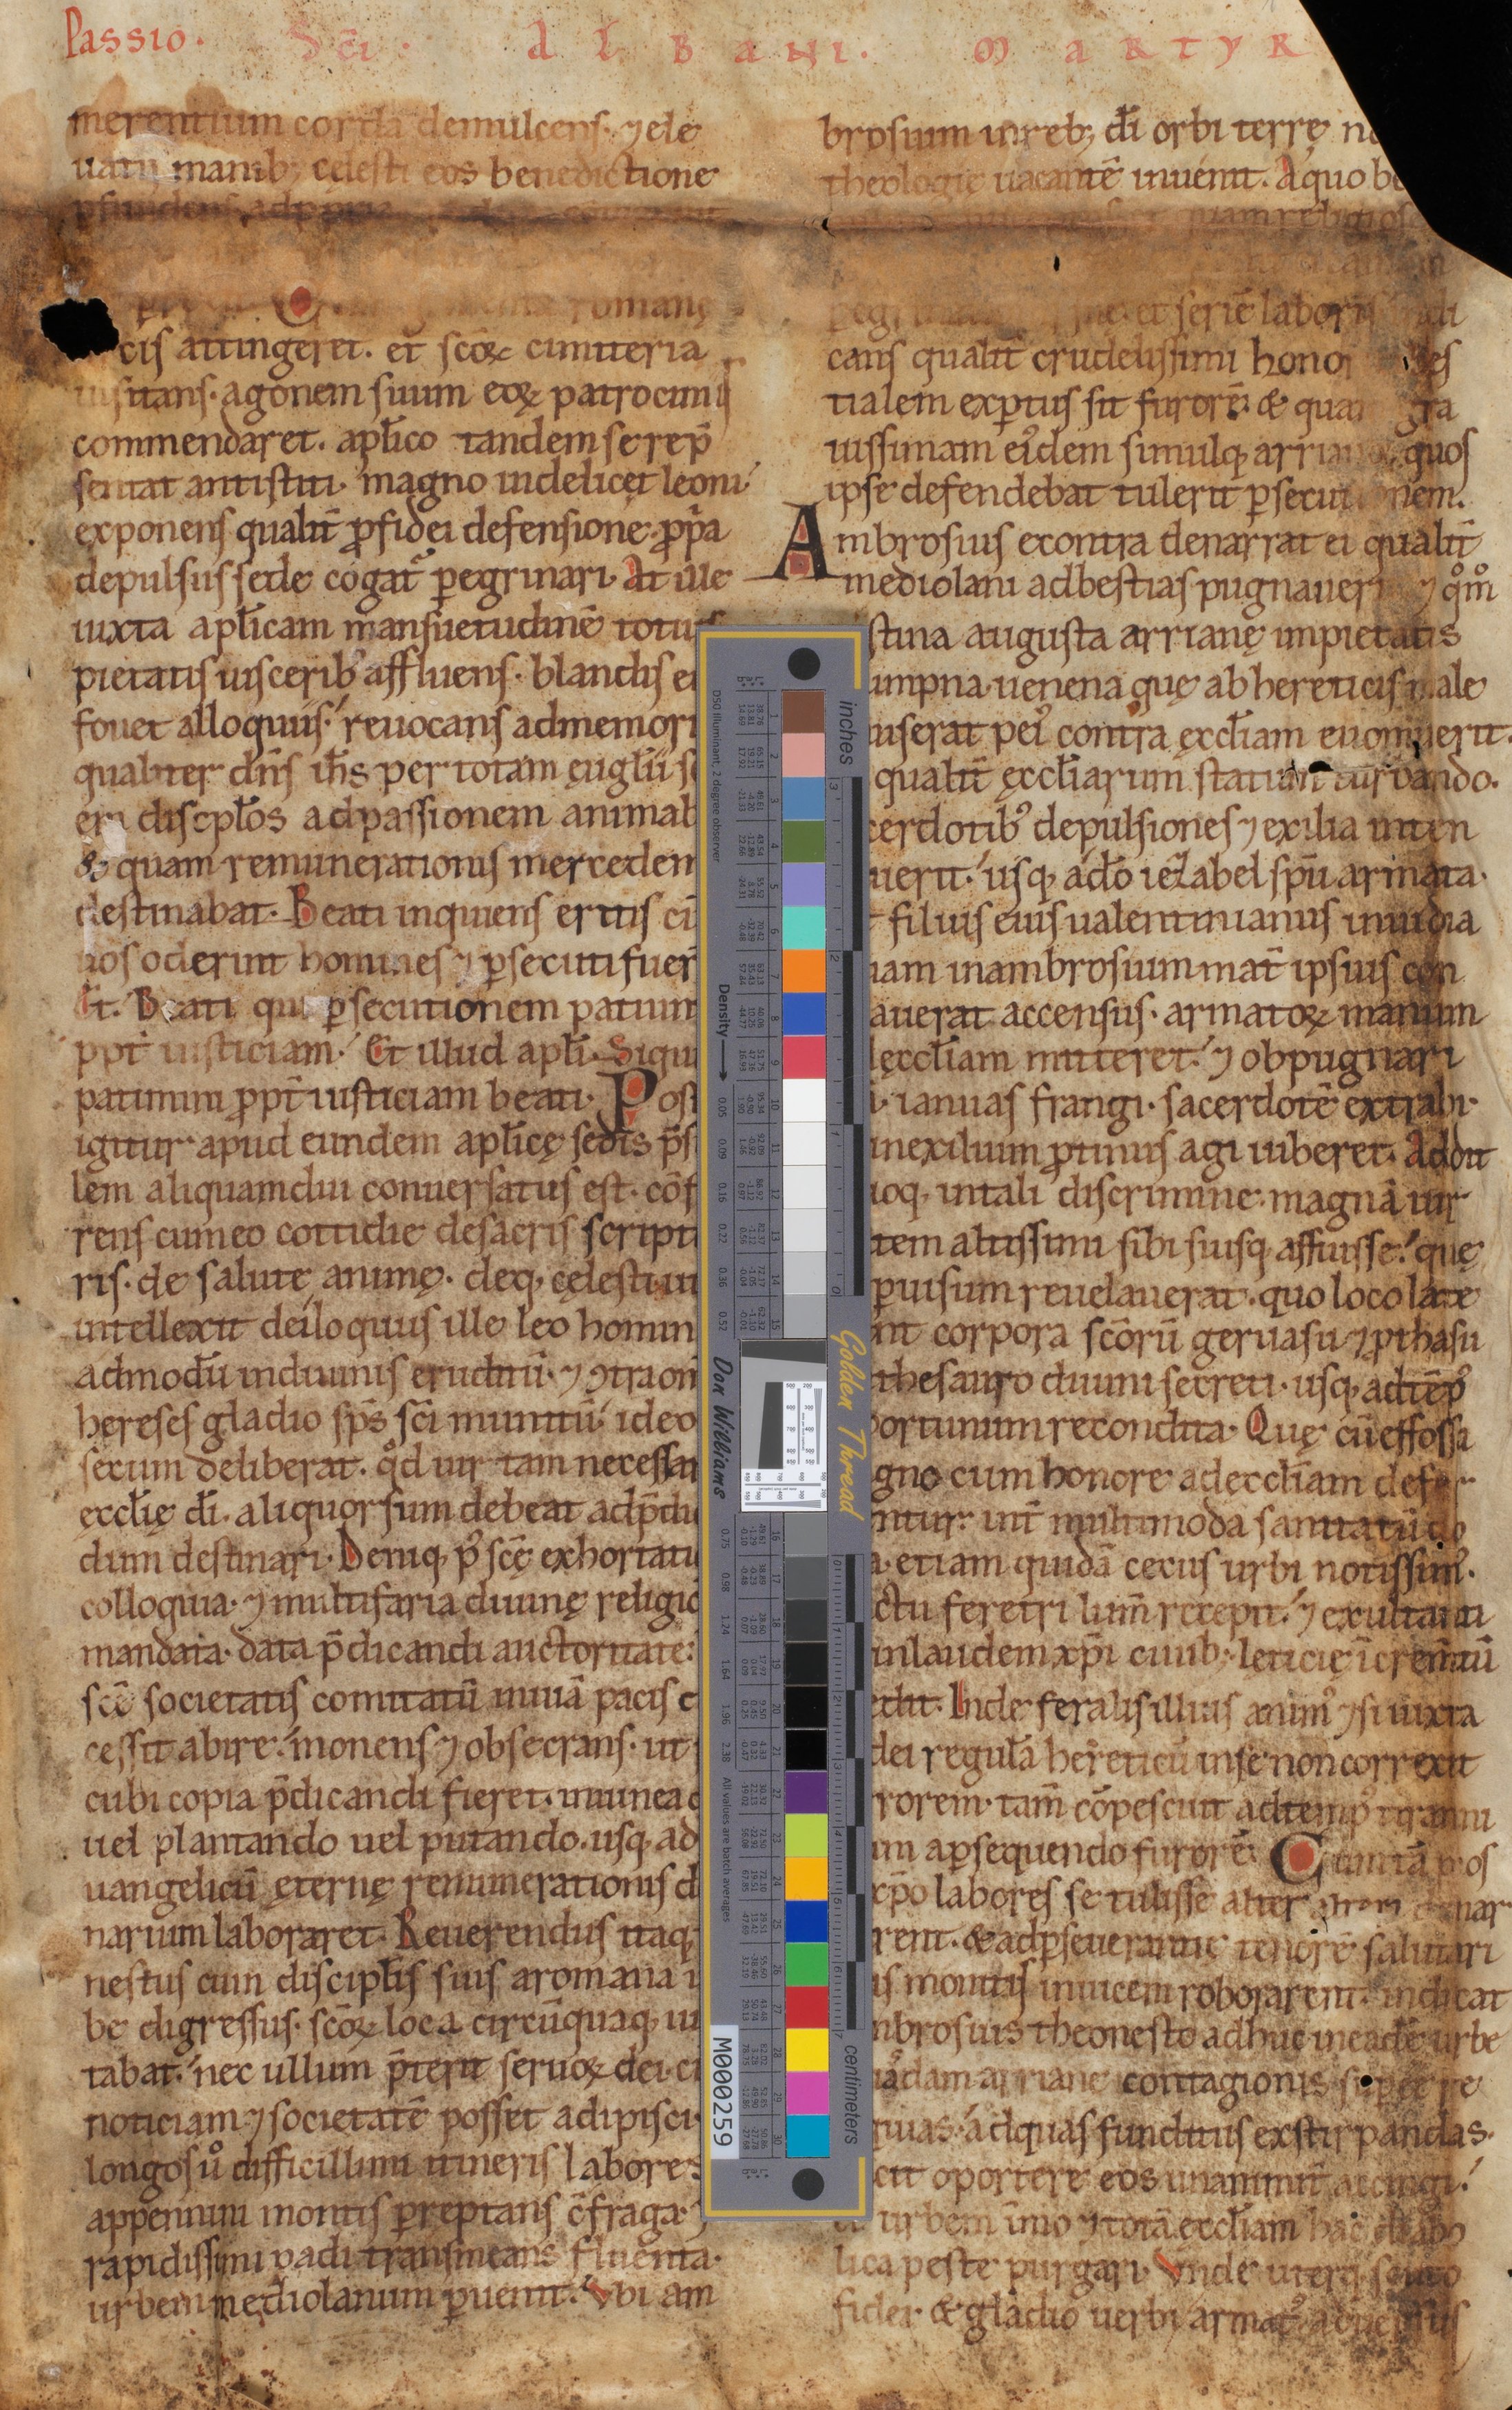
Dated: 1140–1170